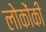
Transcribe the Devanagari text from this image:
लोकोंकी